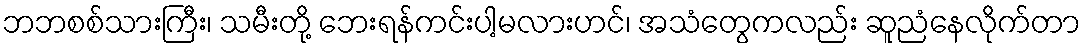
ဘဘစစ်သားကြီး၊ သမီးတို့ ဘေးရန်ကင်းပါ့မလားဟင်၊ အသံတွေကလည်း ဆူညံနေလိုက်တာ